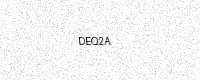
Text: DEQ2A